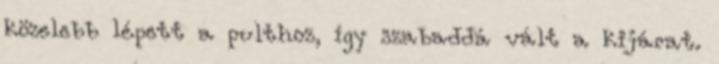
közelebb lépett a pulthoz, így szabaddá vált a kijárat.